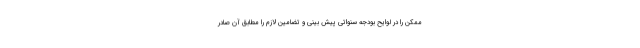
ممکن را در لوایح بودجه سنواتی پیش بینی و تضامین لازم را مطابق آن صادر